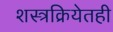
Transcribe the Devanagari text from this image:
शस्त्रक्रियेतही